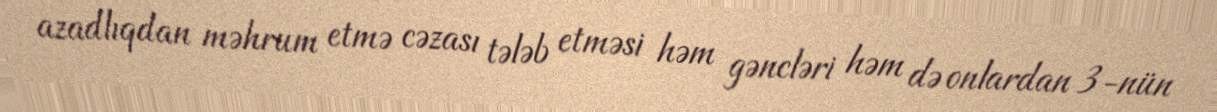
azadlıqdan məhrum etmə cəzası tələb etməsi həm gəncləri həm də onlardan 3-nün